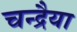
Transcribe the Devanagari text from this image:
चन्द्रैया